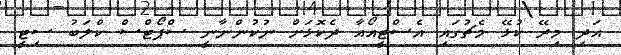
އަދި މިރޭ ކުޅޭ މެޗުގައި އެސްޓީއޯއާ ދެކޮޅަށް ނުކުންނާނީ ސްޕޯޓްސް ކްލަބު ސިޓީ